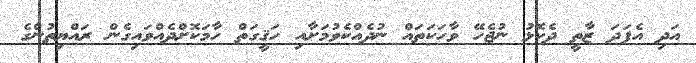
އަދި އެފަދަ ޒާތީ ދެކޮޅު ނުޖެހޭ ވާހަކަތައް ނުދެއްކެވުމަށާއި ހަޤީގަތް ހާމަކޮށްދެއްވައިގެން ރައްޔިތުންގެ